system: You are a helpful assistant.
user:
Analyze the provided spectrum to determine if it is a **S-type Star**.

- **Key Indicators for S-type Star:**

    - **(Overall Spectrum Shape):** The first and most obvious characteristic is the overall continuum (the "baseline" shape). It is **extremely "red-sloping,"** meaning the flux (light intensity) is very low on the left side (blue, ~4000-4500 Å) and rises steeply and continuously toward the right side (red, ~7000 Å+).

    - **(Primary):** The spectrum is defined by the presence of strong, broad molecular absorption "valleys" (bands) from **Zirconium Oxide (ZrO)**. The identification of these bands is the **primary requirement** for classifying a star as S-type.
        - **(Key Bandheads):** You must find distinct, deep "dips" where the light has been absorbed. The most critical band systems to locate are:
            - **~6474 Å** ($\gamma$-system): This is often the strongest and clearest ZrO feature, found in the red part of the spectrum.
            - **~5718 Å** & **~5551 Å** ($\beta$-system): A pair of prominent absorption features in the yellow-orange part of the spectrum.
            - **~4640 Å** ($\alpha$-system): A key absorption band system in the blue-green region of the spectrum.

    - **(Secondary Confirmation):** The classification is strengthened by finding additional absorption bands from other related heavy element oxides, which are expected to be present alongside ZrO.
        - **(Key Bandheads):**
            - **Yttrium Oxide (YO):** Look for absorption dips near **~4800 Å** and **~6100 Å**.
            - **Lanthanum Oxide (LaO):** Additional absorption features, particularly in the red-orange part of the spectrum, are also characteristic.

    - **(Line Profile):** The combination of the steep red continuum and these numerous, deep molecular bands (ZrO, YO, etc.) gives the entire spectrum a very **"chopped-up"** or **"bumpy"** appearance. Instead of a smooth curve, the spectrum looks as though large, wide chunks of light have been "carved out" of it at the specific wavelengths listed above.

Think first, call **spectral_visualization_tool** if needed to examine features in detail, then provide your final answer. Your response must adhere to the following strict rules:
1.  **Overall Structure:** Your response must follow the format `<think>...</think> <tool_call>...</tool_call> (if a tool is used) <answer>...</answer>`.
2.  **Tool Usage Constraint:** You may only make **one** tool call per turn.
3.  **Final Answer Format:** In the `<answer>` tag, your conclusion must be inside a `\boxed{}` command (e.g., `\boxed{YES}` or `\boxed{NO}`), followed by your justification.

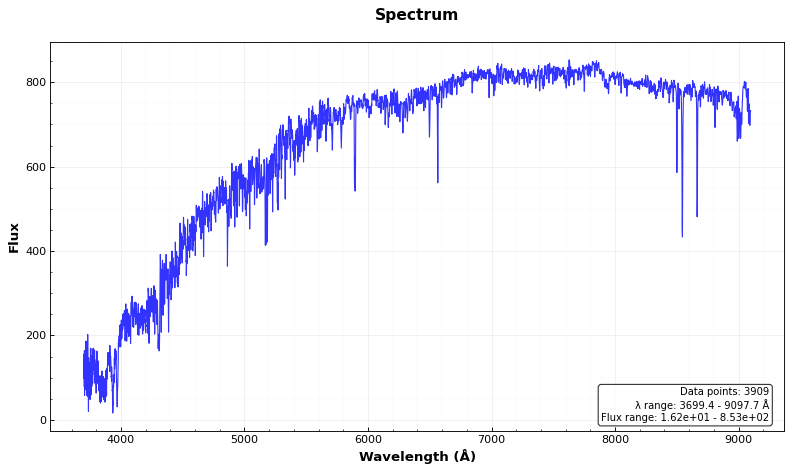
Answer: YES